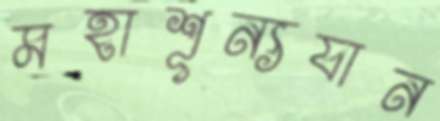
মহাশূন্যযান